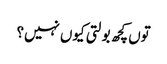
توں کچھ بولتی کیوں نہیں؟